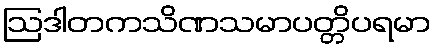
ဩဒါတကသိဏသမာပတ္တိပရမာ